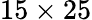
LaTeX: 15\times 25